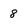
Character: 8